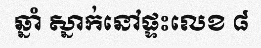
ឆ្នាំ ស្នាក់នៅផ្ទះលេខ ៨